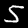
Digit: 5